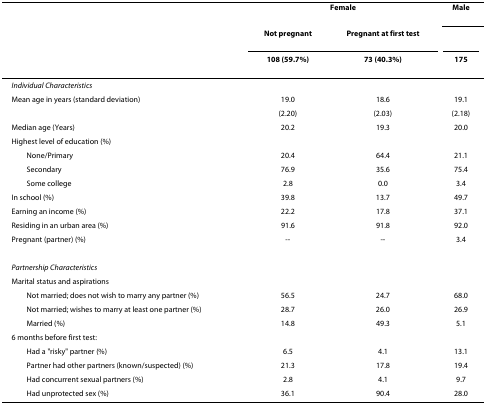
<table><thead><tr><td></td><td colspan="2"><b>Female</b></td><td><b>Male</b></td></tr><tr><td></td><td><b>Not pregnant</b></td><td><b>Pregnant at first test</b></td><td></td></tr><tr><td></td><td><b>108 (59.7%)</b></td><td><b>73 (40.3%)</b></td><td><b>175</b></td></tr></thead><tbody><tr><td><i>Individual Characteristics</i></td><td></td><td></td><td></td></tr><tr><td>Mean age in years (standard deviation)</td><td>19.0</td><td>18.6</td><td>19.1</td></tr><tr><td></td><td>(2.20)</td><td>(2.03)</td><td>(2.18)</td></tr><tr><td>Median age (Years)</td><td>20.2</td><td>19.3</td><td>20.0</td></tr><tr><td>Highest level of education (%)</td><td></td><td></td><td></td></tr><tr><td> None/Primary</td><td>20.4</td><td>64.4</td><td>21.1</td></tr><tr><td> Secondary</td><td>76.9</td><td>35.6</td><td>75.4</td></tr><tr><td> Some college</td><td>2.8</td><td>0.0</td><td>3.4</td></tr><tr><td>In school (%)</td><td>39.8</td><td>13.7</td><td>49.7</td></tr><tr><td>Earning an income (%)</td><td>22.2</td><td>17.8</td><td>37.1</td></tr><tr><td>Residing in an urban area (%)</td><td>91.6</td><td>91.8</td><td>92.0</td></tr><tr><td>Pregnant (partner) (%)</td><td>--</td><td>--</td><td>3.4</td></tr><tr><td><i>Partnership Characteristics</i></td><td></td><td></td><td></td></tr><tr><td>Marital status and aspirations</td><td></td><td></td><td></td></tr><tr><td> Not married; does not wish to marry any partner (%)</td><td>56.5</td><td>24.7</td><td>68.0</td></tr><tr><td> Not married; wishes to marry at least one partner (%)</td><td>28.7</td><td>26.0</td><td>26.9</td></tr><tr><td> Married (%)</td><td>14.8</td><td>49.3</td><td>5.1</td></tr><tr><td>6 months before first test:</td><td></td><td></td><td></td></tr><tr><td> Had a &quot;risky&quot; partner (%)</td><td>6.5</td><td>4.1</td><td>13.1</td></tr><tr><td> Partner had other partners (known/suspected) (%)</td><td>21.3</td><td>17.8</td><td>19.4</td></tr><tr><td> Had concurrent sexual partners (%)</td><td>2.8</td><td>4.1</td><td>9.7</td></tr><tr><td> Had unprotected sex (%)</td><td>36.1</td><td>90.4</td><td>28.0</td></tr></tbody></table>